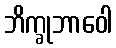
ဘိက္ခုဘာဝေါ